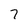
Character: 7